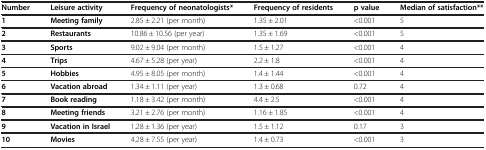
<table><thead><tr><td><b>Number</b></td><td><b>Leisure activity</b></td><td><b>Frequency of neonatologists*</b></td><td><b>Frequency of residents</b></td><td><b>p value</b></td><td><b>Median of satisfaction**</b></td></tr></thead><tbody><tr><td><b>1</b></td><td><b>Meeting family</b></td><td>2.85 ± 2.21 (per month)</td><td>1.35 ± 2.01</td><td>&lt;0.001</td><td>5</td></tr><tr><td><b>2</b></td><td><b>Restaurants</b></td><td>10.86 ± 10.56 (per year)</td><td>1.35 ± 1.69</td><td>&lt;0.001</td><td>5</td></tr><tr><td><b>3</b></td><td><b>Sports</b></td><td>9.02 ± 9.04 (per month)</td><td>1.5 ± 1.27</td><td>&lt;0.001</td><td>4</td></tr><tr><td><b>4</b></td><td><b>Trips</b></td><td>4.67 ± 5.28 (per year)</td><td>2.2 ± 1.8</td><td>&lt;0.001</td><td>4</td></tr><tr><td><b>5</b></td><td><b>Hobbies</b></td><td>4.95 ± 8.05 (per month)</td><td>1.4 ± 1.44</td><td>&lt;0.001</td><td>4</td></tr><tr><td><b>6</b></td><td><b>Vacation abroad</b></td><td>1.34 ± 1.11 (per year)</td><td>1.3 ± 0.68</td><td>0.72</td><td>4</td></tr><tr><td><b>7</b></td><td><b>Book reading</b></td><td>1.18 ± 3.42 (per month)</td><td>4.4 ± 2.5</td><td>&lt;0.001</td><td>4</td></tr><tr><td><b>8</b></td><td><b>Meeting friends</b></td><td>3.21 ± 2.76 (per month)</td><td>1.16 ± 1.85</td><td>&lt;0.001</td><td>4</td></tr><tr><td><b>9</b></td><td><b>Vacation in Israel</b></td><td>1.28 ± 1.36 (per year)</td><td>1.5 ± 1.12</td><td>0.17</td><td>3</td></tr><tr><td><b>10</b></td><td><b>Movies</b></td><td>4.28 ± 7.55 (per year)</td><td>1.4 ± 0.73</td><td>&lt;0.001</td><td>3</td></tr></tbody></table>